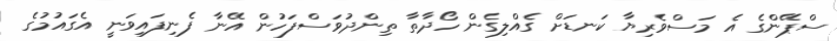
ސްޕޭންގެ އެ މަސްވެރިޔާ ކަނޑަށް ގެއްލިގެން ހޯދާތާ ތިންދުވަސްފަހުން އޭނާ ފެނިފައިވަނީ އެގައުމުގެ